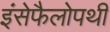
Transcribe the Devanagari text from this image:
इंसेफैलोपथी